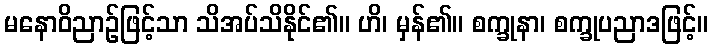
မနောဝိညာဉ်ဖြင့်သာ သိအပ်သိနိုင်၏။ ဟိ၊ မှန်၏။ စက္ခုနာ၊ စက္ခုပညာဒဖြင့်။